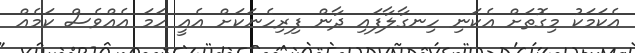
އެކަމަކު މިގޮތަށް އެކަނި ހިނގާލާފައި ދާން ފިރިހެނަކަށް އެއީ ހަމަ އެއްވެސް ކަމެއް